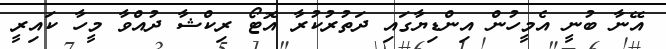
އޭނާ ބުނީ އެމީހުން އިންޑިޔާގައި ދަތުރުކުރާ އޮޓޯ ރިކްޝާ ދުއްވާ މީހާ ކައިރީ